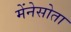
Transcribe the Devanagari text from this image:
मेंनेसोता